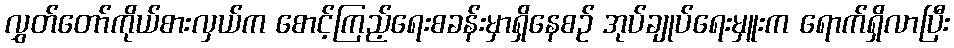
လွှတ်တော်ကိုယ်စားလှယ်က စောင့်ကြည့်ရေးစခန်းမှာရှိနေစဉ် အုပ်ချုပ်ရေးမှူးက ရောက်ရှိလာပြီး